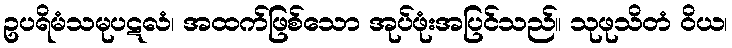
ဥပရိမံသမုပဋလံ၊ အထက်ဖြစ်သော အုပ်ဖုံးအပြင်သည်။ သုဖုသိတံ ဝိယ၊